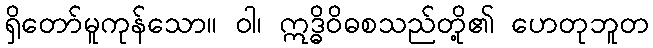
ရှိတော်မူကုန်သော။ ဝါ၊ ဣဒ္ဓိဝိဓစသည်တို့၏ ဟေတုဘူတ